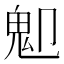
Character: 𩱺